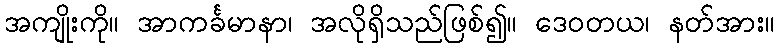
အကျိုးကို။ အာကင်္ခမာနာ၊ အလိုရှိသည်ဖြစ်၍။ ဒေဝတယ၊ နတ်အား။